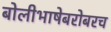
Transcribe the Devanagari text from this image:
बोलीभाषेबरोबरच